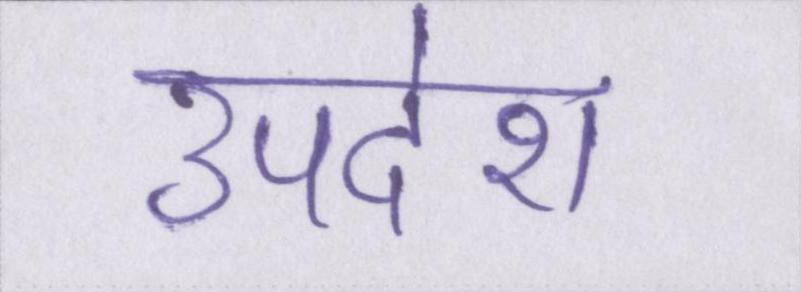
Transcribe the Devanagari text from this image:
उपदेश